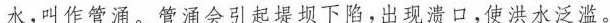
水，叫作管涌。管涌会引起堤坝下陷。出现溃口，使洪水泛滥。